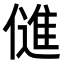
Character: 𬿫